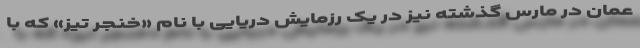
عمان در مارس گذشته نیز در یک رزمایش دریایی با نام «خنجر تیز» که با